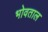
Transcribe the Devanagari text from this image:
भोवताल